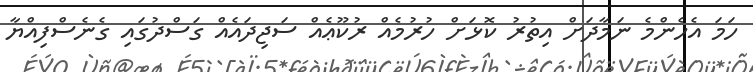
ހަމަ އެހެންމެ ނަމާދަށް އިތުރު ކޮޅަށް ހުރުމެއް ރުކޫޢެއް ސަޖިދައެއް ގަސްދުގައި ގެނެސްފިއްޔާ